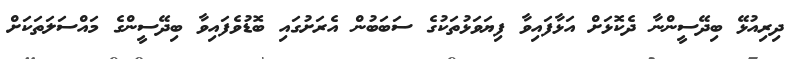
ދިރިއުޅޭ ބިދޭސީންނާ ދެކޮޅަށް އަޅާފައިވާ ފިޔަވަޅުތަކުގެ ސަބަބުން އެރަށުގައި ބޮޑުވެފައިވާ ބިދޭސީންގެ މައްސަލަތަކަށް